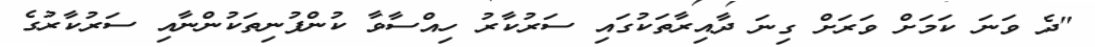
"ދެ ވަނަ ކަމަށް ވަރަށް ގިނަ ދާއިރާތަކުގައި ސަރުކާރު ހިއްސާވާ ކުންފުނިތަކުންނާއި ސަރުކާރުގެ